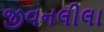
જીવનલીલા